Civil Veterinary Dept. North-West Frontier Province 1923-32 - 1923-1932
Year: 1923
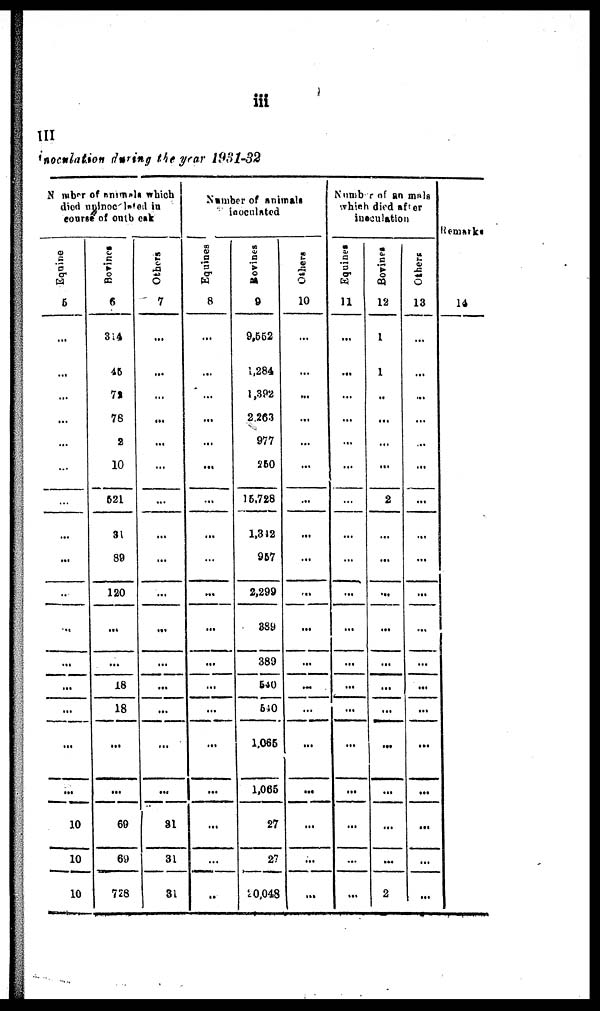
iii
III
inoculation during the year 1931-32
Number of animals which
died uninoculated in
course of outbreak
Equine
5
...
...
...
...
...
…
…
...
...
…
...
...
...
...
...
…
10
10
10
Bovines
6
314
45
72
78
2
10
521
31
89
120
...
...
18
18
...
…
69
69
728
Others
7
...
...
...
...
...
...
...
...
...
...
...
...
...
...
...
...
31
31
31
Number of animals
inoculated
Equines
8
...
...
...
...
...
...
...
...
…
...
...
...
...
...
...
...
...
…
...
Bovines
9
9,552
1,284
1,392
2,263
977
250
15,728
1,342
957
2,299
389
389
540
540
1,065
1,065
27
27
20,048
Others
10
...
...
...
...
...
...
...
...
...
...
...
...
...
...
...
...
...
...
…
Number of animals
which died after
inoculation
Equines
11
...
...
...
...
...
...
…
...
...
...
...
...
...
...
...
...
...
...
...
Bovines
12
1
1
..
...
...
...
2
...
...
...
...
...
...
...
...
...
...
...
2
Others
13
...
...
...
...
...
...
...
...
...
...
…
...
...
...
...
...
...
...
...
Remarks
14